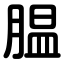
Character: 腽